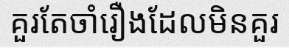
គួរតែចាំរឿងដែលមិនគួរ